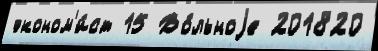
эконом'и́ст 15 Во́льноjе 201820